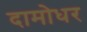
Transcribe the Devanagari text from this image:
दामोधर